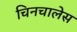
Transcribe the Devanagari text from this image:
चिनचालेस